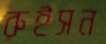
রুইসন